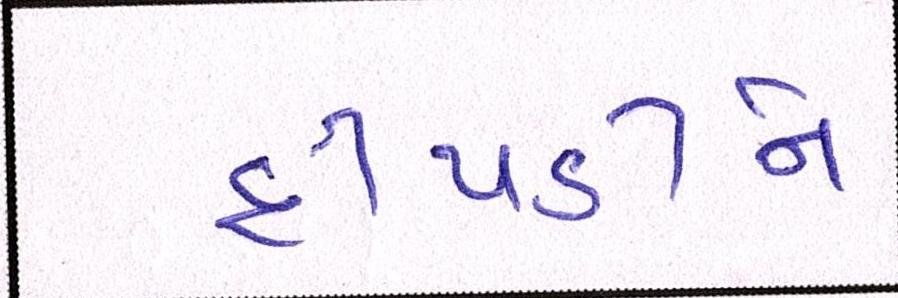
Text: દીપડીને